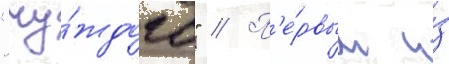
"чу́ждого" // П'е́рвым и́з